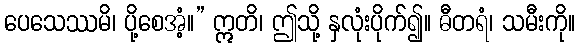
ပေသေဿမိ၊ ပို့စေအံ့။” ဣတိ၊ ဤသို့ နှလုံးပိုက်၍။ ဓီတရံ၊ သမီးကို။